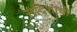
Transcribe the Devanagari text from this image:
सदिशाची